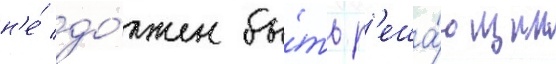
н'е́ до́лжен бы́ть р'еша́ющим